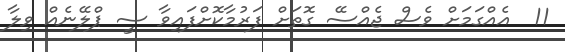
11  އެއްގަމަށް ވެސް ޖެއްސޭ ގޮތަށް ފަރުމާކޮށްފައިވާ ސީ ޕްލޭނެއް ވިލާ